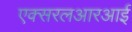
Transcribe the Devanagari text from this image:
एक्सरलआरआर्इ